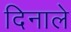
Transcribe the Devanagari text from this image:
दिनाले